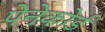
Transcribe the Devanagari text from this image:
पेनेकोर्ड